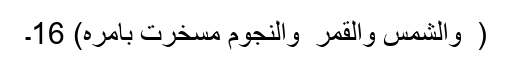
( ۙ وَالشَّمْسَ وَالْقَمَرَ ۭ وَالنُّجُوْمُ مُسَخَّرٰتٌۢ بِاَمْرِہٖ) 16۔